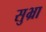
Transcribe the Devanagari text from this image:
सुभ्रा